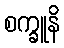
စက္ခူနိ